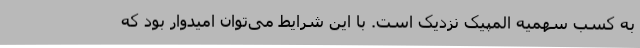
به کسب سهمیه المپیک نزدیک است. با این شرایط می‌توان امیدوار بود که